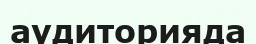
аудиторияда